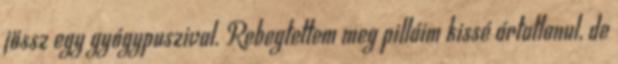
jössz egy gyógypuszival. Rebegtettem meg pilláim kissé ártatlanul, de